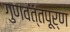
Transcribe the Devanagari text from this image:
गुणवत्तपूर्ण